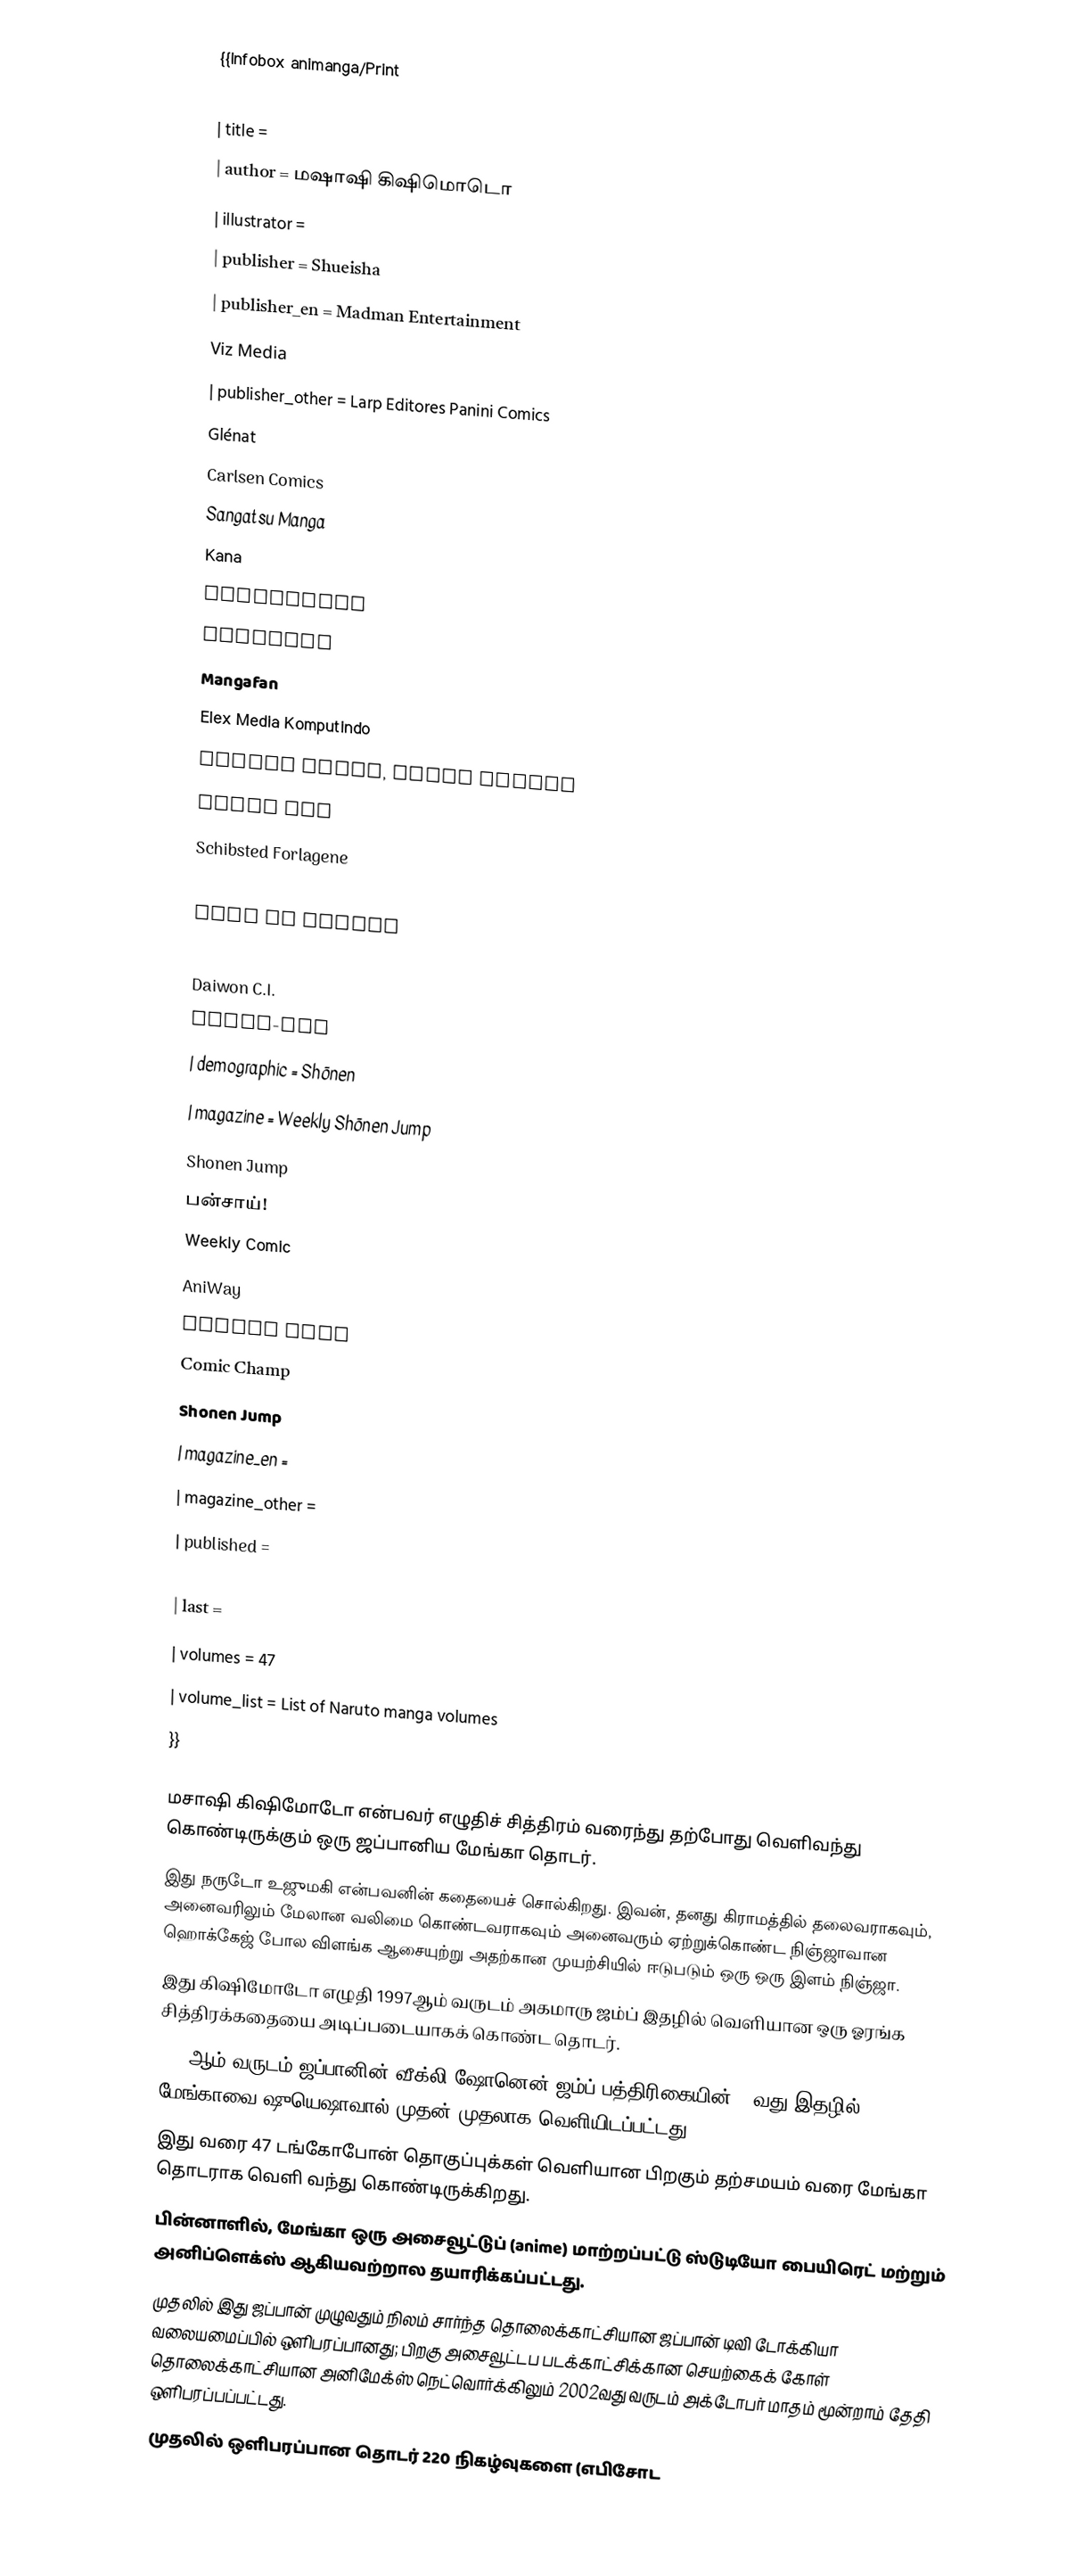
{{Infobox animanga/Print
| type            = manga
| title           =
| author          = மஷாஷி கிஷிமொடொ
| illustrator     =
| publisher       =  Shueisha
| publisher_en    =   Madman Entertainment
   Viz Media
| publisher_other =  Larp Editores  Panini Comics
  Glénat
  Carlsen Comics
 Sangatsu Manga
   Kana
 Compupress
 Rightman
 Mangafan
 Elex Media Komputindo
 Comics House, Komik Remaja
 Mundo Vid
  Schibsted Forlagene
 Japonica Polonica Fantastica
 Tong Li Comics
 Chuang Yi (Chinese)
 Daiwon C.I.
 Comix-art
| demographic     = Shōnen
| magazine        =  Weekly Shōnen Jump
  Shonen Jump
 பன்சாய்!
 Weekly Comic
 AniWay
 Shonen Jump
 Comic Champ
 Shonen Jump
| magazine_en     =
| magazine_other  =
| published       =
| first           = November 1999
| last            =
| volumes         = 47
| volume_list     = List of Naruto manga volumes
}}

 மசாஷி கிஷிமோடோ என்பவர் எழுதிச் சித்திரம் வரைந்து தற்போது வெளிவந்து கொண்டிருக்கும் ஒரு ஜப்பானிய மேங்கா தொடர்.
இது நருடோ உஜுமகி என்பவனின் கதையைச் சொல்கிறது. இவன், தனது கிராமத்தில் தலைவராகவும், அனைவரிலும் மேலான வலிமை கொண்டவராகவும் அனைவரும் ஏற்றுக்கொண்ட நிஞ்ஜாவான ஹொக்கேஜ் போல விளங்க ஆசையுற்று அதற்கான முயற்சியில் ஈடுபடும் ஒரு ஒரு இளம் நிஞ்ஜா.
இது கிஷிமோடோ எழுதி 1997ஆம் வருடம் அகமாரு ஜம்ப்  இதழில் வெளியான ஒரு ஓரங்க சித்திரக்கதையை அடிப்படையாகக் கொண்ட தொடர்.
1999ஆம் வருடம் ஜப்பானின் வீக்லி ஷோனென் ஜம்ப்  பத்திரிகையின் 43வது இதழில் மேங்காவை ஷுயெஷாவால்  முதன் முதலாக வெளியிடப்பட்டது.
இது வரை 47 டங்கோபோன்  தொகுப்புக்கள் வெளியான பிறகும் தற்சமயம் வரை மேங்கா தொடராக வெளி வந்து கொண்டிருக்கிறது.
பின்னாளில், மேங்கா ஒரு அசைவூட்டுப் (anime) மாற்றப்பட்டு ஸ்டுடியோ பையிரெட் மற்றும் அனிப்ளெக்ஸ் ஆகியவற்றால தயாரிக்கப்பட்டது.
முதலில் இது ஜப்பான் முழுவதும் நிலம் சார்ந்த தொலைக்காட்சியான   ஜப்பான் டிவி டோக்கியா வலையமைப்பில் ஒளிபரப்பானது; பிறகு அசைவூட்டப படக்காட்சிக்கான செயற்கைக் கோள் தொலைக்காட்சியான அனிமேக்ஸ் நெட்வொர்க்கிலும் 2002வது வருடம் அக்டோபர் மாதம் மூன்றாம் தேதி ஒளிபரப்பப்பட்டது.
முதலில் ஒளிபரப்பான தொடர் 220 நிகழ்வுகளை (எபிசோட